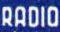
RADIO